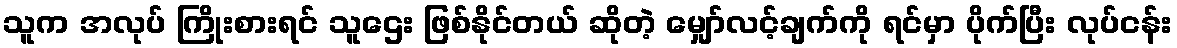
သူက အလုပ် ကြိုးစားရင် သူဌေး ဖြစ်နိုင်တယ် ဆိုတဲ့ မျှော်လင့်ချက်ကို ရင်မှာ ပိုက်ပြီး လုပ်ငန်း